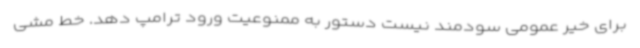
برای خیر عمومی سودمند نیست دستور به ممنوعیت ورود ترامپ دهد. خط مشی